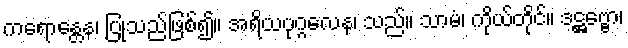
ကရောန္တေန၊ ပြုသည်ဖြစ်၍။ အရိယပုဂ္ဂလေန၊ သည်။ သာမံ၊ ကိုယ်တိုင်။ ဒဋ္ဌဗ္ဗော၊